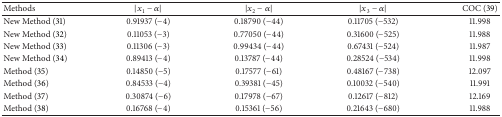
<table><thead><tr><td><b> Methods </b></td><td><b>|<i>x</i><sub>1</sub> − α|</b></td><td><b>|<i>x</i><sub>2</sub> − α|</b></td><td><b>|<i>x</i><sub>3</sub> − α|</b></td><td><b> COC (39) </b></td></tr></thead><tbody><tr><td> New Method (31) </td><td>0.91937 (−4) </td><td> 0.18790 (−44) </td><td> 0.11705 (−532) </td><td> 11.998 </td></tr><tr><td> New Method (32) </td><td>0.11053 (−3) </td><td> 0.77050 (−44)</td><td> 0.31600 (−525)</td><td> 11.988</td></tr><tr><td> New Method (33) </td><td>0.11306 (−3) </td><td> 0.99434 (−44)</td><td> 0.67431 (−524)</td><td> 11.987</td></tr><tr><td> New Method (34) </td><td>0.89413 (−4) </td><td> 0.13787 (−44)</td><td> 0.28524 (−534)</td><td> 11.998</td></tr><tr><td> Method (35)</td><td> 0.14850 (−5) </td><td> 0.17577 (−61) </td><td> 0.48167 (−738) </td><td> 12.097</td></tr><tr><td> Method (36) </td><td> 0.84533 (−4) </td><td> 0.39381 (−45) </td><td> 0.10032 (−540) </td><td> 11.991</td></tr><tr><td> Method (37) </td><td> 0.30874 (−6) </td><td> 0.17978 (−67) </td><td> 0.12617 (−812) </td><td> 12.169</td></tr><tr><td> Method (38) </td><td> 0.16768 (−4) </td><td> 0.15361 (−56) </td><td> 0.21643 (−680) </td><td> 11.988</td></tr></tbody></table>